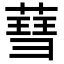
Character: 𦹙